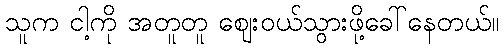
သူက ငါ့ကို အတူတူ ဈေးဝယ်သွားဖို့ခေါ်နေတယ်။